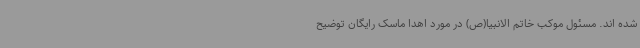
شده اند. مسئول موکب خاتم الانبیا(ص) در مورد اهدا ماسک رایگان توضیح